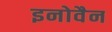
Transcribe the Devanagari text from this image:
इनोवैन